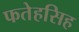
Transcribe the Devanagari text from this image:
फतेहसिह